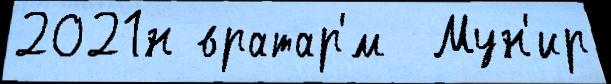
2021н вратар'́м  Мун'ир